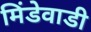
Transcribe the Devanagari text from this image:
मिंडेवाडी